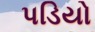
પડિયો